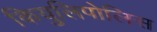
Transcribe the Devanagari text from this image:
कियुलिपोलिस